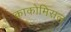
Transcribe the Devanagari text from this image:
काकोमिसल